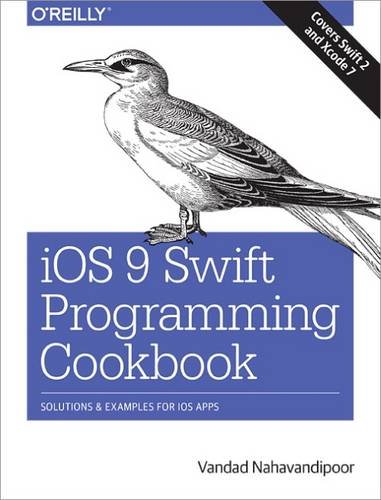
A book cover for iOS 9 Swift Programming Cookbook; Vandad Nahavandipoor; Computers & Technology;